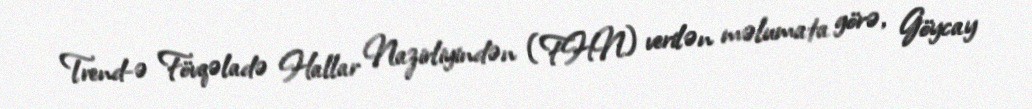
Trend-ə Fövqəladə Hallar Nazirliyindən (FHN) verilən məlumata görə, Göycay